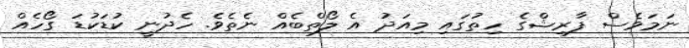
ނަމަވެސް ފާރިޝްގެ ހިތުގައި މިއަދު އެ ލޯތްބެއް ނެތެވެ. ހެދުނީ ކުޑަކުޑަ ގޯހެއް